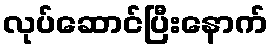
လုပ်ဆောင်ပြီးနောက်